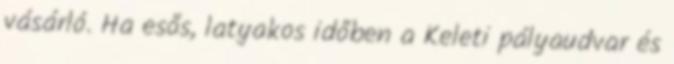
vásárló. Ha esős, latyakos időben a Keleti pályaudvar és